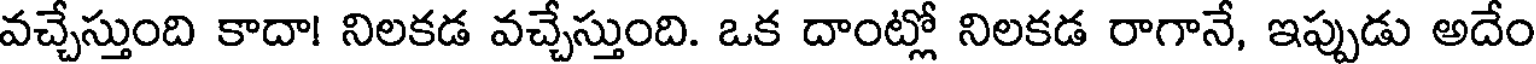
వచ్చేస్తుంది కాదా! నిలకడ వచ్చేస్తుంది. ఒక దాంట్లో నిలకడ రాగానే, ఇప్పుడు అదేం